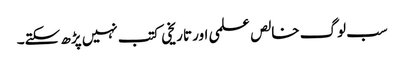
سب لوگ خالص علمی اور تاریخی کتب نہیں پڑھ سکتے۔